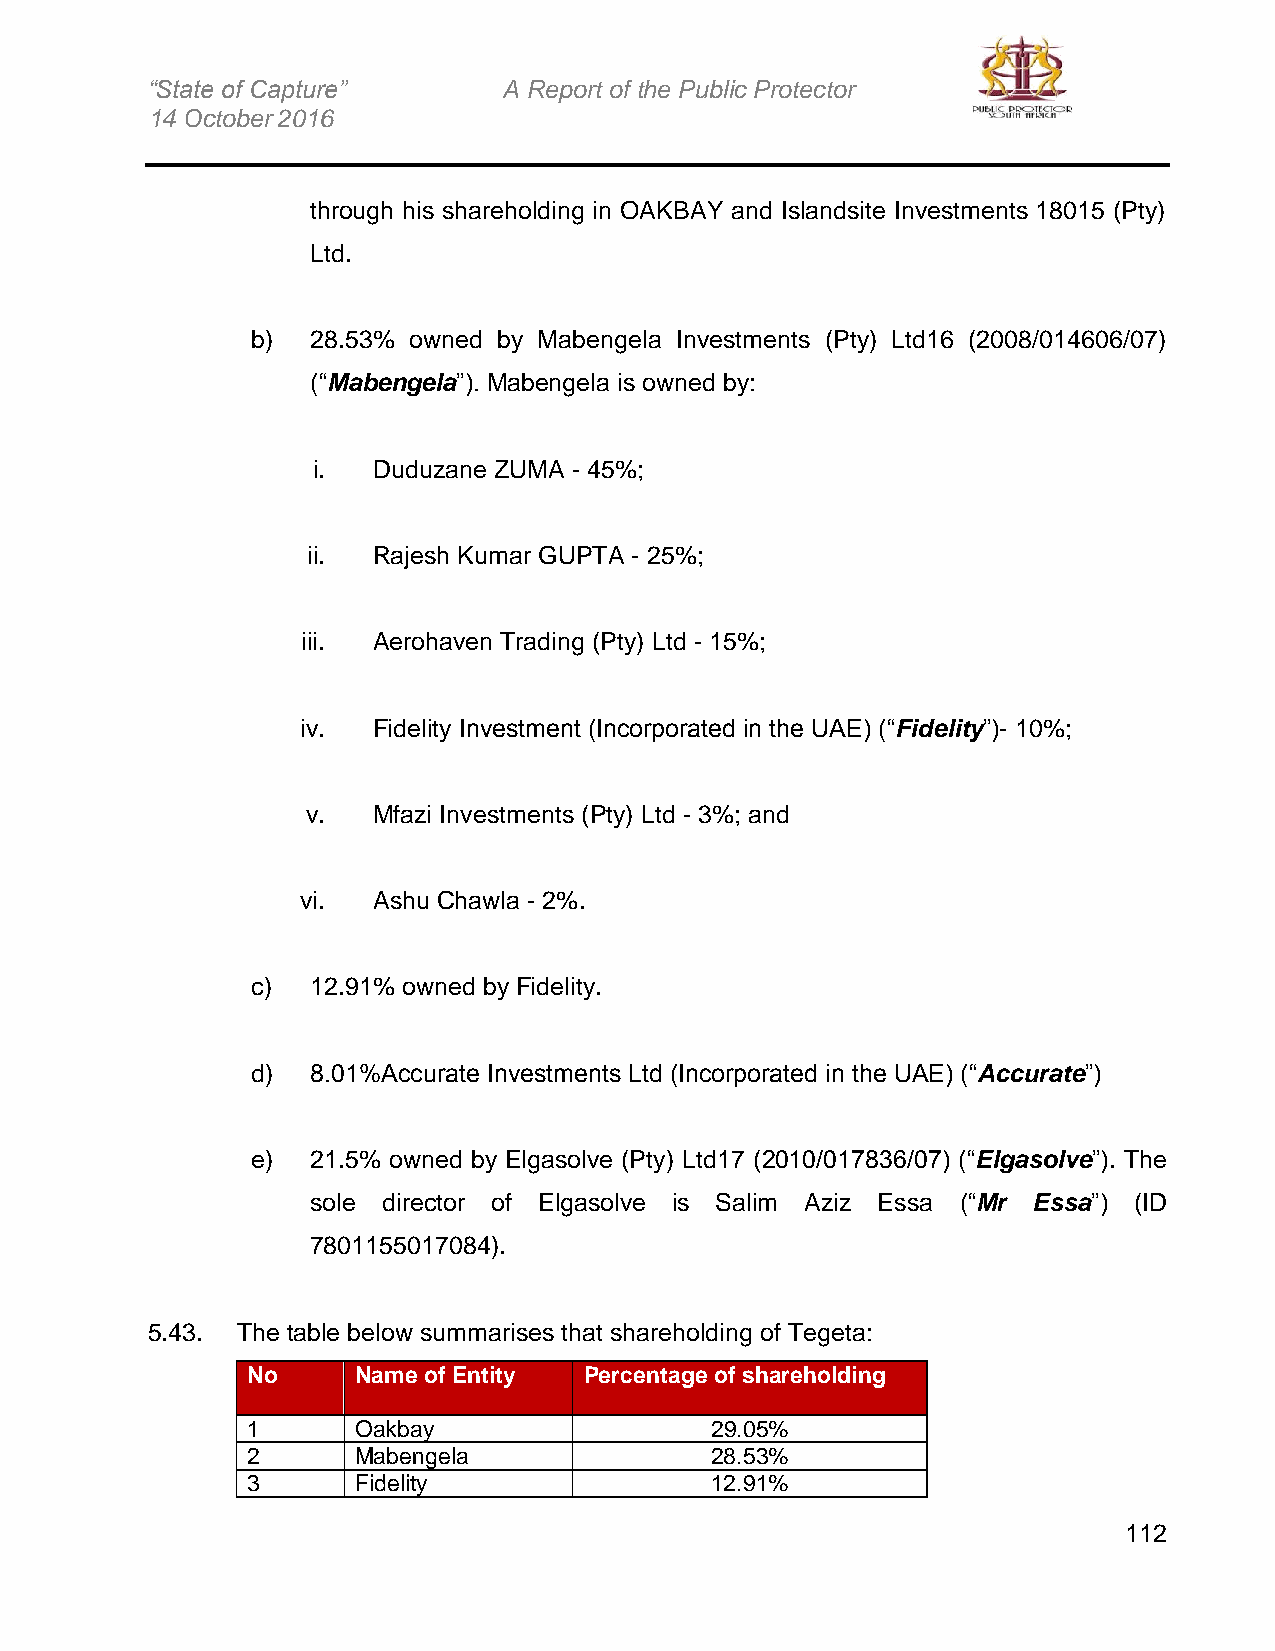
“State of Capture”     A Report of the Public Protector
 14 October 2016
 through his shareholding in OAKBAY and Islandsite Investments 18015 (Pty)
 Ltd.
 b)  28.53% owned by Mabengela Investments (Pty) Ltd16 (2008/014606/07)
 (“Mabengela”). Mabengela is owned by:
 i.  Duduzane ZUMA - 45%;
 ii.  Rajesh Kumar GUPTA - 25%;
 iii. Aerohaven Trading (Pty) Ltd - 15%;
 iv.  Fidelity Investment (Incorporated in the UAE) (“Fidelity”)- 10%;
 v.   Mfazi Investments (Pty) Ltd - 3%; and
 vi.  Ashu Chawla - 2%.
 c)  12.91% owned by Fidelity.
 d)  8.01%Accurate Investments Ltd (Incorporated in the UAE) (“Accurate”)
 e)  21.5% owned by Elgasolve (Pty) Ltd17 (2010/017836/07) (“Elgasolve”). The
 sole director of Elgasolve is Salim Aziz Essa (“Mr Essa”) (ID
 7801155017084).
 5.43. The table below summarises that shareholding of Tegeta:
 No      Name of Entity Percentage of shareholding
 1       Oakbay                 29.05%
 2       Mabengela              28.53%
 3       Fidelity               12.91%
 112